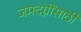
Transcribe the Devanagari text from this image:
जमदग्नींसाठी